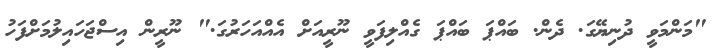
"މަންމަވީ ދުނިޔޭގަ. ދެން. ބައްޕަ ބައްޕަ ގެއްލިފަވީ ނޫރީއަށް އެއްއަހަރުގަ." ނޫރީން އިސްޖަހައިލުމަށްފަހު